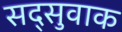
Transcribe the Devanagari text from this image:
सद्सुवाक